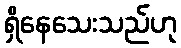
ရှိနေသေးသည်ဟု